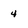
Character: 4